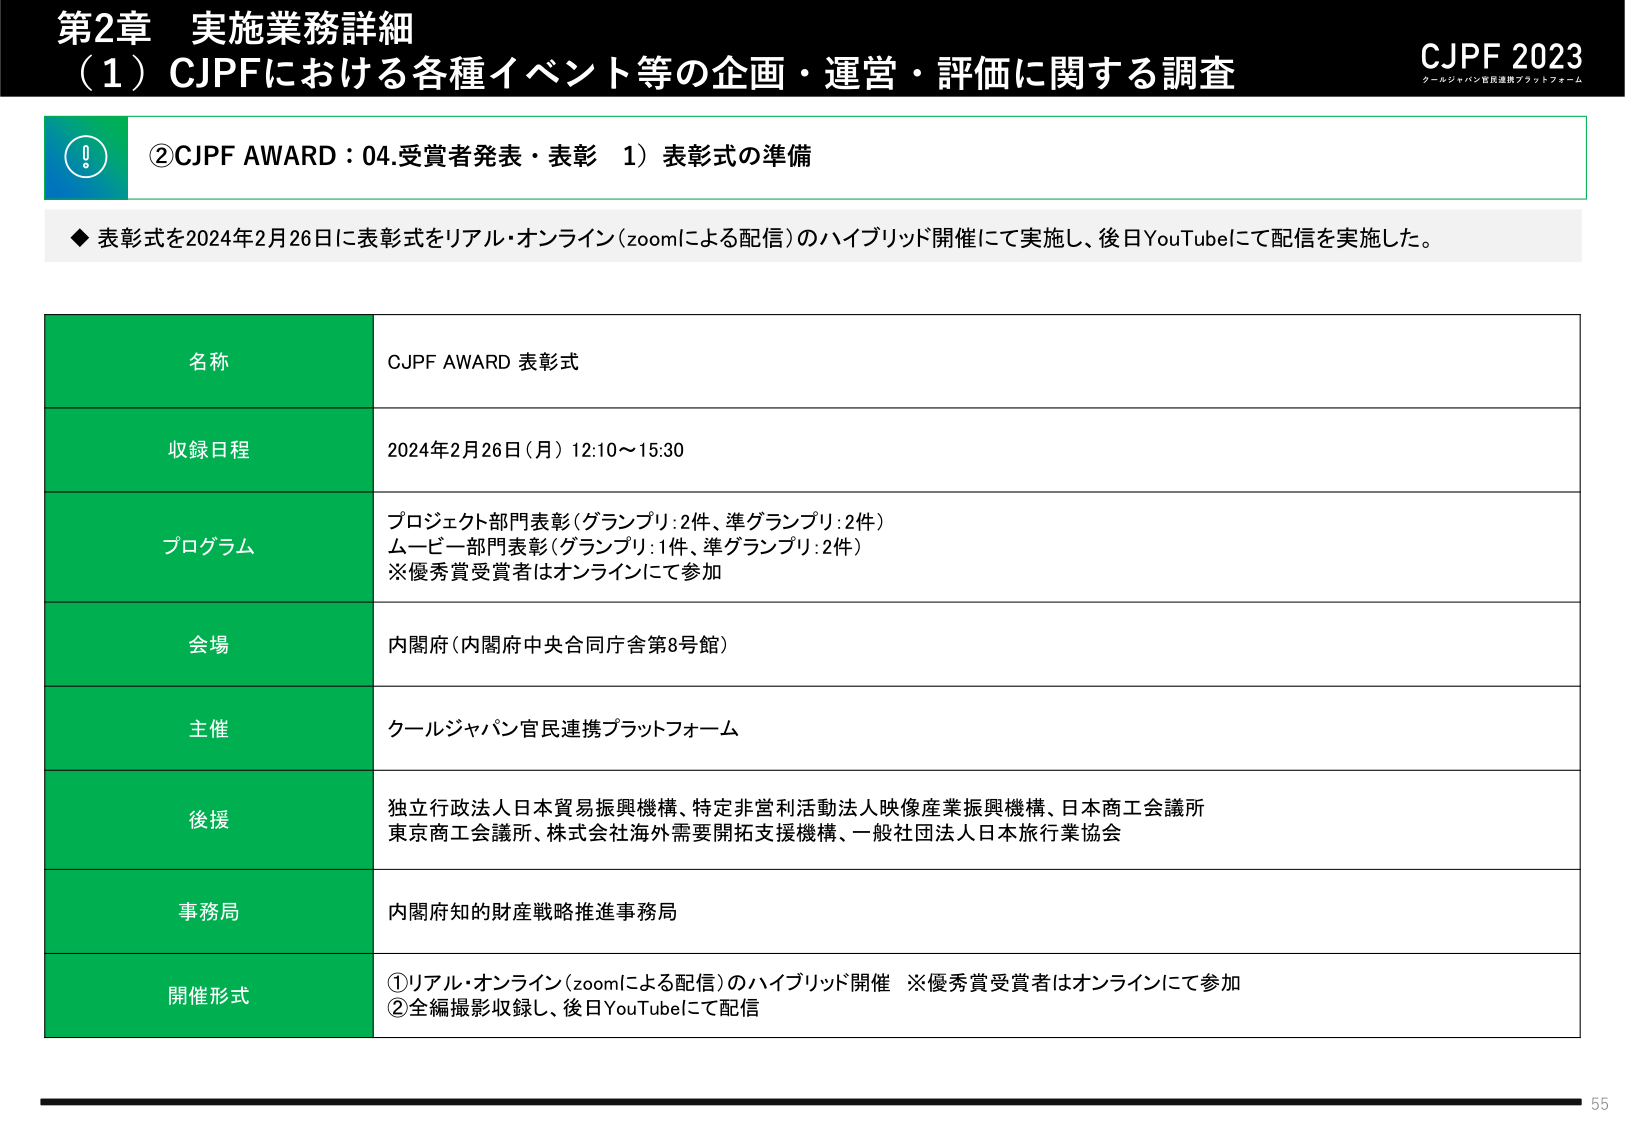
第2章 実施業務詳細
（1）CJPFにおける各種イベント等の企画・運営・評価に関する調査
CJPF 2023
クールジャパン官民連携プラットフォーム

②CJPF AWARD：04.受賞者発表・表彰 1）表彰式の準備

◆ 表彰式を2024年2月26日に表彰式をリアル・オンライン（zoomによる配信）のハイブリッド開催にて実施し、後日YouTubeにて配信を実施した。

名称
CJPF AWARD 表彰式

収録日程
2024年2月26日（月）12:10～15:30

プログラム
プロジェクト部門表彰（グランプリ：2件、準グランプリ：2件）
ムービー部門表彰（グランプリ：1件、準グランプリ：2件）
※優秀賞受賞者はオンラインにて参加

会場
内閣府（内閣府中央合同庁舎第8号館）

主催
クールジャパン官民連携プラットフォーム

後援
独立行政法人日本貿易振興機構、特定非営利活動法人映像産業振興機構、日本商工会議所
東京商工会議所、株式会社海外需要開拓支援機構、一般社団法人日本旅行業協会

事務局
内閣府知的財産戦略推進事務局

開催形式
①リアル・オンライン（zoomによる配信）のハイブリッド開催 ※優秀賞受賞者はオンラインにて参加
②全編撮影収録し、後日YouTubeにて配信

55